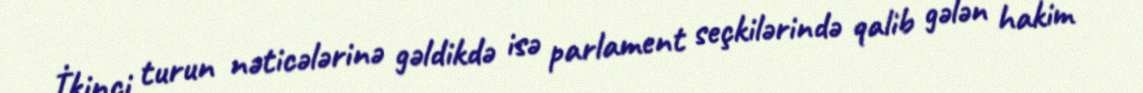
İkinci turun nəticələrinə gəldikdə isə parlament seçkilərində qalib gələn hakim